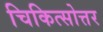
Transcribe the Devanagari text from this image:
चिकित्सोत्तर